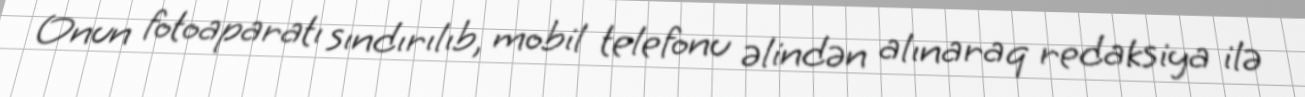
Onun fotoaparatı sındırılıb, mobil telefonu əlindən alınaraq redaksiya ilə